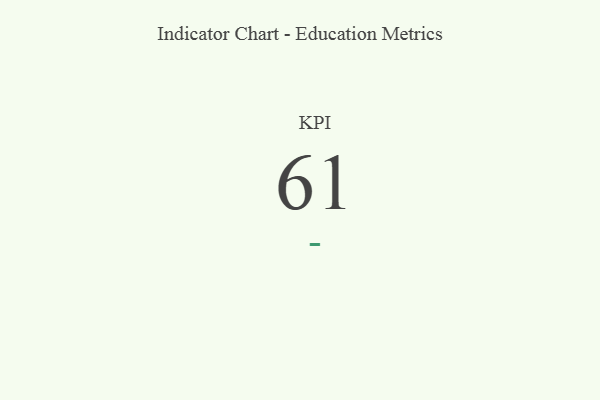
{"axis": {"x": "KPI", "y": "Value"}, "legend": [""], "data": [{"x": "KPI", "y": 61, "type": ""}]}